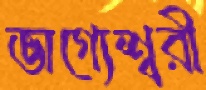
ভাগ্যেশ্বরী